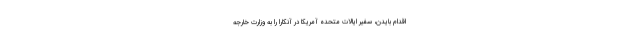
اقدام بایدن، سفیر ایالات متحده آمریکا در آنکارا را به وزارت خارجه